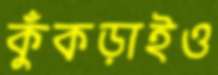
কুঁকড়াইও